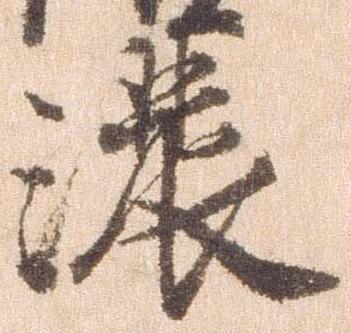
濃